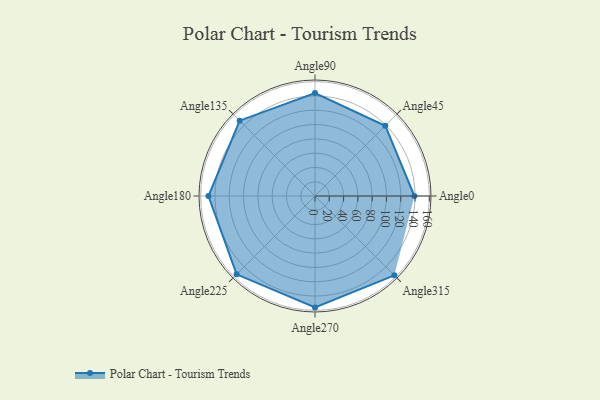
{"axis": {"x": "Angle", "y": "Radius"}, "legend": [""], "data": [{"x": "Angle0", "y": 139.0, "type": ""}, {"x": "Angle45", "y": 139.0, "type": ""}, {"x": "Angle90", "y": 144.0, "type": ""}, {"x": "Angle135", "y": 149.0, "type": ""}, {"x": "Angle180", "y": 149.0, "type": ""}, {"x": "Angle225", "y": 155.0, "type": ""}, {"x": "Angle270", "y": 156.0, "type": ""}, {"x": "Angle315", "y": 157.0, "type": ""}]}